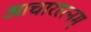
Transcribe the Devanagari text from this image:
आचाररत्नम्